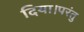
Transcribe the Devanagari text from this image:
दिया।परंतु